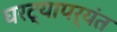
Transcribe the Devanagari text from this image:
घरट्यापर्यंत